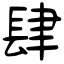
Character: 肆